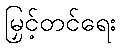
မြှင့်တင်ရေး